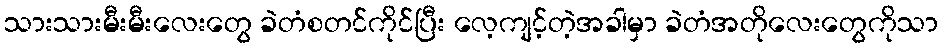
သားသားမီးမီးလေးတွေ ခဲတံစတင်ကိုင်ပြီး လေ့ကျင့်တဲ့အခါမှာ ခဲတံအတိုလေးတွေကိုသာ